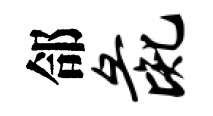
郃彘